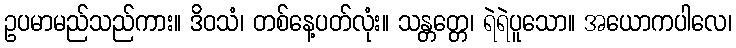
ဥပမာမည်သည်ကား။ ဒိဝသံ၊ တစ်နေ့ပတ်လုံး။ သန္တတ္တေ၊ ရဲရဲပူသော။ အယောကပါလေ၊